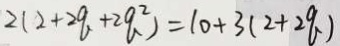
2 ( 2 + 2 q + 2 q ^ { 2 } ) = 1 0 + 3 ( 2 + 2 q )